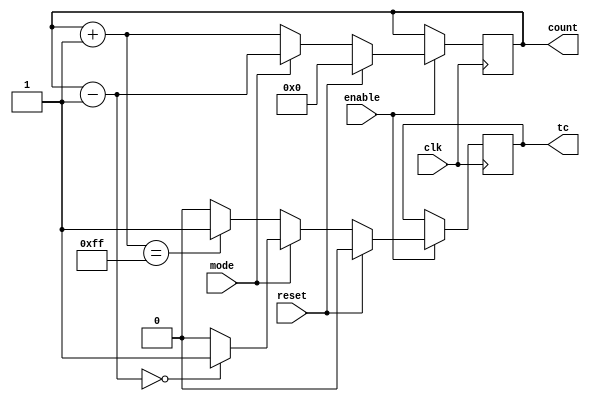
// An up down 8bit synchronus counter implementation

module UDCounter8bit(clk,enable,reset,mode,count,tc);

    input clk, enable, reset, mode;
    output reg [7:0] count;
    output reg tc;

    always @(posedge clk)
    begin
        if(enable)
        begin
            if(reset)
            begin
                count = 0;
                tc = 0;
            end
            else
            begin
                if (mode==0)
                begin
                    count = count + 1;
                    if (count==255)
                        tc = 1;
                    else
                        tc = 0;
                end
                else
                begin
                    count = count - 1;
                    if (count == 0)
                        tc = 1;
                    else
                        tc = 0;
                end
            end
        end
    end

endmodule